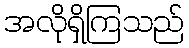
အလိုရှိကြသည်